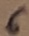
Text: 6